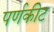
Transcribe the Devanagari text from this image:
पर्णकीट